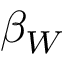
\beta _ { W }